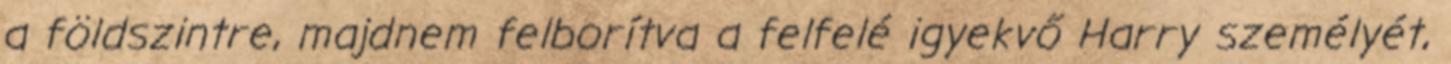
a földszintre, majdnem felborítva a felfelé igyekvő Harry személyét,